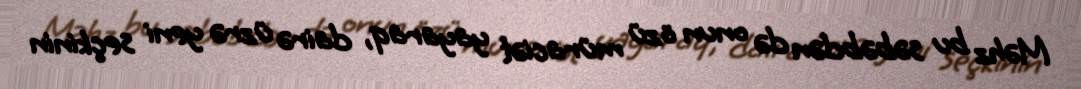
Məhz bu səbəbdən də onun özü müraciət yayaraq, dairə üzrə yeni seçkinin